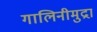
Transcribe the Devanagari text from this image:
गालिनीमुद्रा